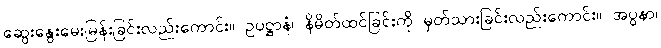
ဆွေးနွေးမေးမြန်းခြင်းလည်းကောင်း။ ဥပဋ္ဌာနံ၊ နိမိတ်ထင်ခြင်းကို မှတ်သားခြင်းလည်းကောင်း။ အပ္ပနာ၊